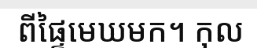
ពីផ្ទៃមេឃមក។ កុល